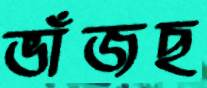
ভাঁজছ